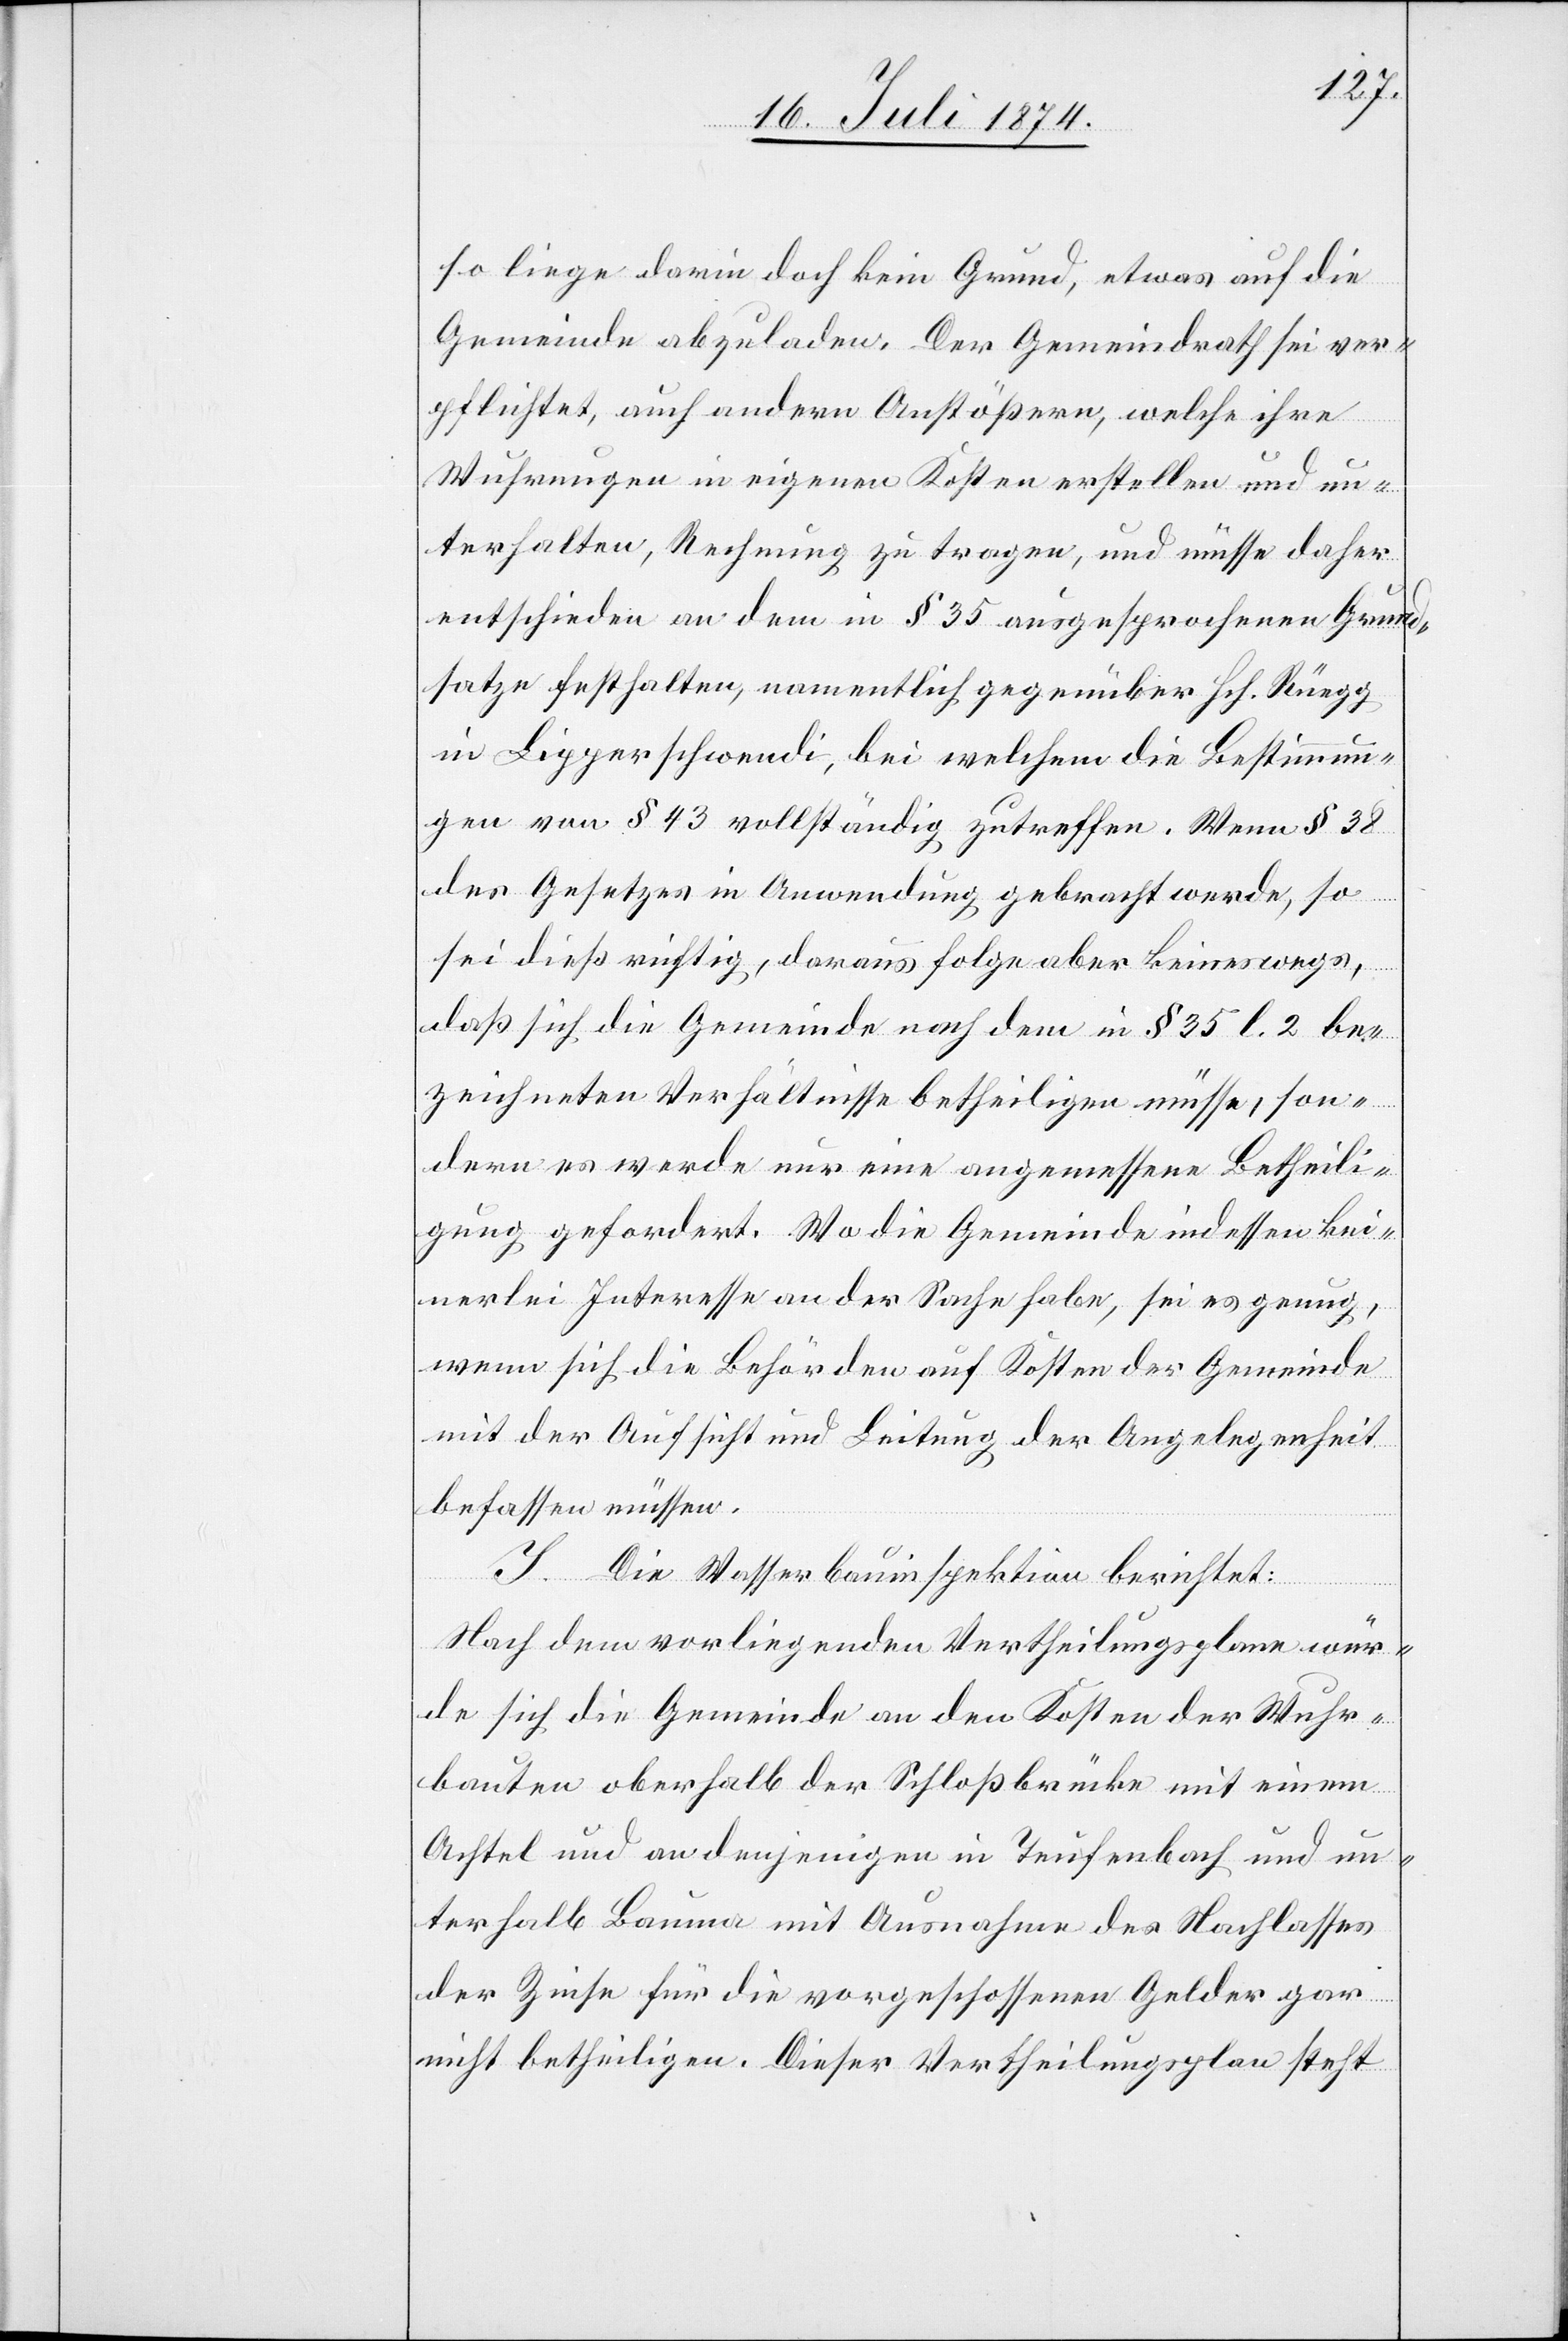
so liege darin doch kein Grund, etwas auf die
Gemeinde abzuladen. Der Gemeindrath sei ver¬
pflichtet, auch andern Anstößern, welche ihre
Wuhrungen in eigenen Kosten erstellen und un¬
terhalten, Rechnung zu tragen, und müsse daher
entschieden an dem in § 35 ausgesprochenen Grund¬
satze festhalten, namentlich gegenüber Hch. Rüegg
in Lipperschwendi, bei welchem die Bestimmun¬
gen von § 43 vollständig zutreffen. Wenn § 38
des Gesetzes in Anwendung gebracht werde, so
sei dieß richtig, daraus folge aber keineswegs,
daß sich die Gemeinde nach dem in § 35 l. 2 be¬
zeichneten Verhältnisse betheiligen müsse, son¬
dern es werde nur eine angemessene Betheili¬
gung gefordert. Wo die Gemeinde keinerlei
wenn sich die Behörden auf Kosten der Gemeinde
mit der Aufsicht und Leitung der Angelegenheit
befassen müssen.
I. Die Wasserbauinspektion berichtet:
Nach dem vorliegenden Vertheilungsplane wür¬
de sich die Gemeinde an den Kosten der Wuhr¬
bauten oberhalb der Schloßbrücke mit einem
Achtel und an denjenigen in Teufenbach und un¬
terhalb Bauma mit Ausnahme des Nachlasses
der Zinse für die vorgeschossenen Gelder gar
nicht betheiligen. Dieser Vertheilungsplan steht